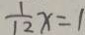
\frac { 1 } { 1 2 } x = 1